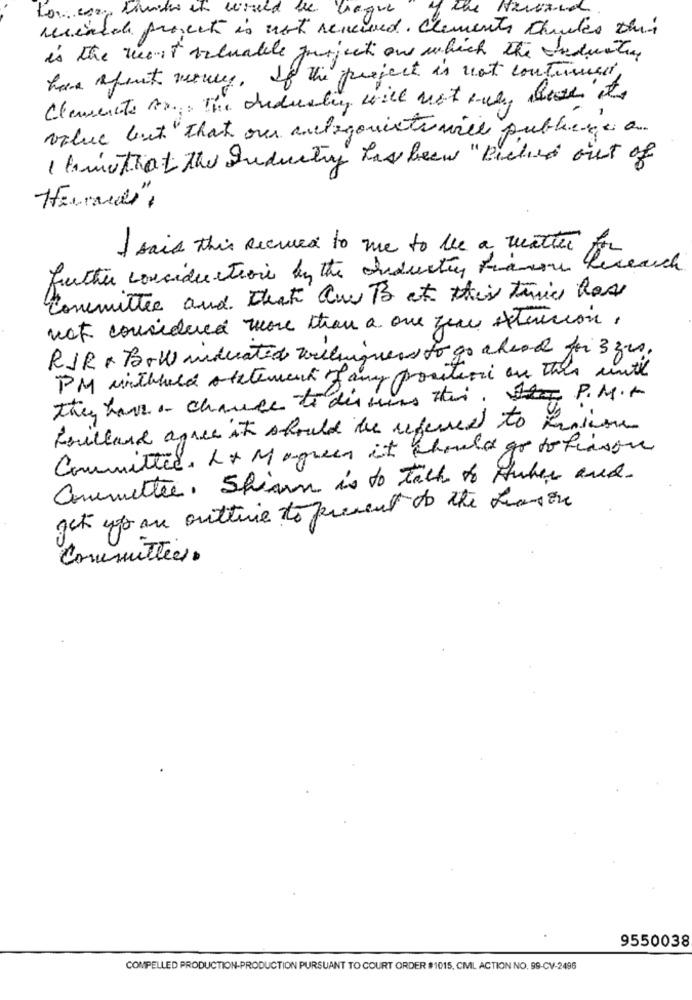
for more than it would be
the Harvard
Greque
meinich project is not received. Clements chaudes this
is the Most valuable zurject one which the country
have apeut money.
de the project is not continued
Clemente Bag The duduating will not ene, deve its
value but that our antagonistu will publics a
I tamithat the Industry has been "Beched out of
I said this Recrues to me to the a matter
further conciduction by the oriductiy francou Research
Committee and check Aw B at this time hase
not considered more than a one you extension.
RIR · Bow miducated welliguess to go ahead for 3 zes.
PM inthreed statement of any position on this until
they have a chance to dis uns wher. She P.M.+
Fouillard agree it should the referred to Funtion
Committed L+ Magreen it Should go to hisson
Committee, Shion is to talk to Huber and.
get you are outline to present to the fueron
Committee:
9550038
COMPELLED PRODUCTION-PRODUCTION PURSUANT TO COURT ORDER #1015, CML ACTION NO, 99-CV-2496